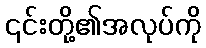
၎င်းတို့၏အလုပ်ကို